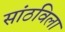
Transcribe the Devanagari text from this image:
सांठविला